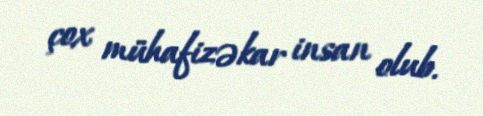
çox mühafizəkar insan olub.